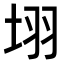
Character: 𭎛